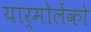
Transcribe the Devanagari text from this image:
यार्मोलेंको